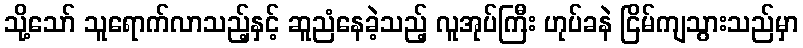
သို့သော် သူရောက်လာသည့်နှင့် ဆူညံနေခဲ့သည့် လူအုပ်ကြီး ဟုပ်ခနဲ ငြိမ်ကျသွားသည်မှာ